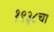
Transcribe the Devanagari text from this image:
१९३८चा